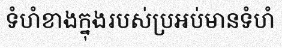
ទំហំខាងក្នុងរបស់ប្រអប់មានទំហំ